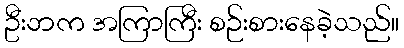
ဦးဘက အကြာကြီး စဉ်းစားနေခဲ့သည်။